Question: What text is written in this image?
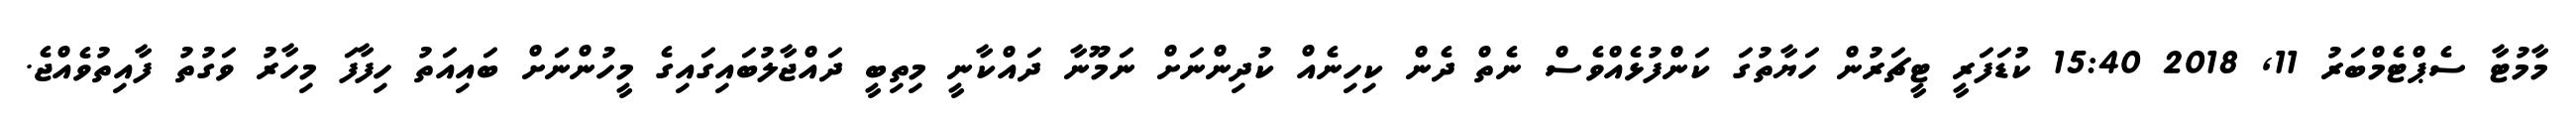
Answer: މާމުޓާ ސެޕްޓެމްބަރު 11, 2018 15:40 ކުޑަފަރީ ޓީޗަރުން ހަޔާތުގަ ކަންފުޅެއްވެސް ނެތް ދެން ކިހިނެއް ކުދިންނަށް ނަމޫނާ ދައްކާނީ މިތިބީ ދައްޖާލުބައިގައިގެ މީހުންނަށް ބައިއަތު ހިފާފަ މިހާރު ވަގުތު ފާއިތުވެއްޖެ.